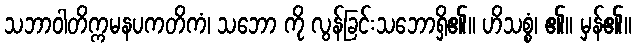
သဘာဝါတိက္ကမနပကတိကံ၊ သဘော ကို လွန်ခြင်းသဘောရှိ၏။ ဟိသစ္စံ၊ ၏။ မှန်၏။